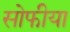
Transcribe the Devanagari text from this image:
सोफीया